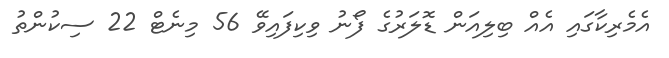
އެމެރިކާގައި އެއް ބިލިއަން ޑޮލަރުގެ ފޯނު ވިކިފައިވޭ 56 މިނެޓް 22 ސިކުންތު